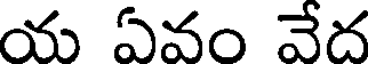
య ఏవం వేద